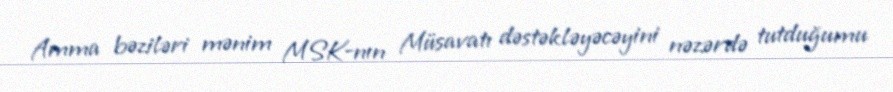
Amma bəziləri mənim MSK-nın Müsavatı dəstəkləyəcəyini nəzərdə tutduğumu